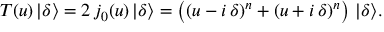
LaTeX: T ( u ) \, | \delta \rangle = 2 \, j _ { 0 } ( u ) \, | \delta \rangle = \left( ( u - i \, \delta ) ^ { n } + ( u + i \, \delta ) ^ { n } \right) \, | \delta \rangle .